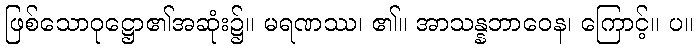
ဖြစ်သောဝုဋ္ဌော၏အဆုံး၌။ မရဏဿ၊ ၏။ အာသန္နဘာဝေန၊ ကြောင့်။ ပ။